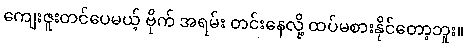
ကျေးဇူးတင်ပေမယ့် ဗိုက် အရမ်း တင်းနေလို့ ထပ်မစားနိုင်တော့ဘူး။